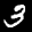
Label: 3